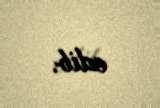
edib.